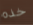
خذه